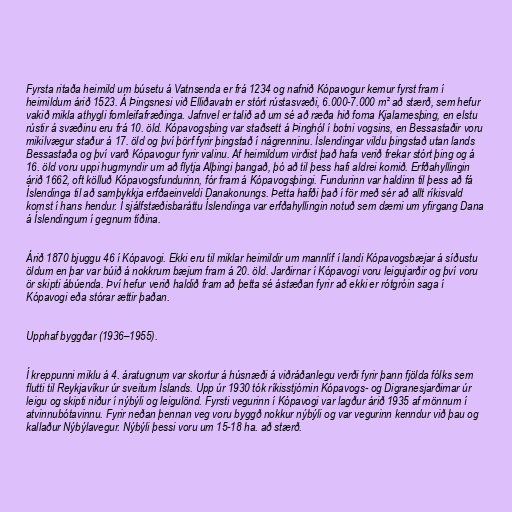
Fyrsta ritaða heimild um búsetu á Vatnsenda er frá 1234 og nafnið Kópavogur kemur fyrst fram í
heimildum árið 1523. Á Þingsnesi við Elliðavatn er stórt rústasvæði, 6.000-7.000 m² að stærð, sem hefur
vakið mikla athygli fornleifafræðinga. Jafnvel er talið að um sé að ræða hið forna Kjalarnesþing, en elstu
rústir á svæðinu eru frá 10. öld. Kópavogsþing var staðsett á Þinghól í botni vogsins, en Bessastaðir voru
mikilvægur staður á 17. öld og því þörf fyrir þingstað í nágrenninu. Íslendingar vildu þingstað utan lands
Bessastaða og því varð Kópavogur fyrir valinu. Af heimildum virðist það hafa verið frekar stórt þing og á
16. öld voru uppi hugmyndir um að flytja Alþingi þangað, þó að til þess hafi aldrei komið. Erfðahyllingin
árið 1662, oft kölluð Kópavogsfundurinn, fór fram á Kópavogsþingi. Fundurinn var haldinn til þess að fá
Íslendinga til að samþykkja erfðaeinveldi Danakonungs. Þetta hafði það í för með sér að allt ríkisvald
komst í hans hendur. Í sjálfstæðisbaráttu Íslendinga var erfðahyllingin notuð sem dæmi um yfirgang Dana
á Íslendingum í gegnum tíðina.

Árið 1870 bjuggu 46 í Kópavogi. Ekki eru til miklar heimildir um mannlíf í landi Kópavogsbæjar á síðustu
öldum en þar var búið á nokkrum bæjum fram á 20. öld. Jarðirnar í Kópavogi voru leigujarðir og því voru
ör skipti ábúenda. Því hefur verið haldið fram að þetta sé ástæðan fyrir að ekki er rótgróin saga í
Kópavogi eða stórar ættir þaðan.

Upphaf byggðar (1936–1955).

Í kreppunni miklu á 4. áratugnum var skortur á húsnæði á viðráðanlegu verði fyrir þann fjölda fólks sem
flutti til Reykjavíkur úr sveitum Íslands. Upp úr 1930 tók ríkisstjórnin Kópavogs- og Digranesjarðirnar úr
leigu og skipti niður í nýbýli og leigulönd. Fyrsti vegurinn í Kópavogi var lagður árið 1935 af mönnum í
atvinnubótavinnu. Fyrir neðan þennan veg voru byggð nokkur nýbýli og var vegurinn kenndur við þau og
kallaður Nýbýlavegur. Nýbýli þessi voru um 15-18 ha. að stærð.